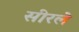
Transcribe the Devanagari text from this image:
सीरले